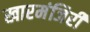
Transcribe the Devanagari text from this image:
खारमंजिरी